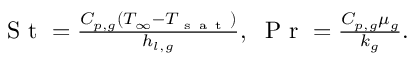
\begin{array} { r } { \mathrm { ~ S ~ t ~ } = \frac { C _ { p , g } ( T _ { \infty } - T _ { \mathrm { ~ s ~ a ~ t ~ } } ) } { h _ { l , g } } , \; \mathrm { ~ P ~ r ~ } = \frac { C _ { p , g } \mu _ { g } } { k _ { g } } . } \end{array}